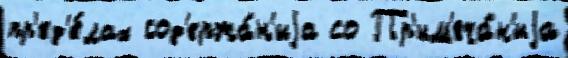
пр'ед'е́лах сод'ержа́н'иjа со Пр'им'еча́н'иjа